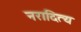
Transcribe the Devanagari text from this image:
नरादित्य